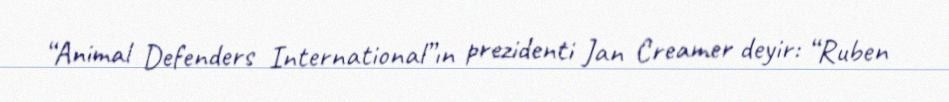
“Animal Defenders International”ın prezidenti Jan Creamer deyir: “Ruben